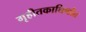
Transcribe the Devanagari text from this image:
गृहीतकाधिष्ठीत